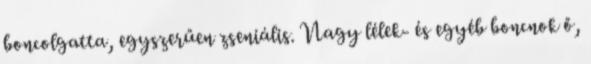
boncolgatta, egyszerűen zseniális. Nagy lélek- és egyéb boncnok ő,